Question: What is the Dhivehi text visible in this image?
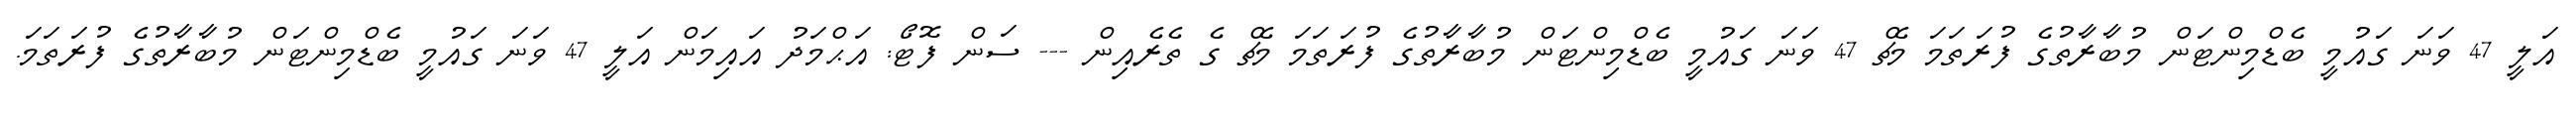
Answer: އަލީ 47 ވަނަ ގައުމީ ބެޑްމިންޓަން މުބާރާތުގެ ފުރަތަމަ މެޗް 47 ވަނަ ގައުމީ ބެޑްމިންޓަން މުބާރާތުގެ ފުރަތަމަ މެޗް ގެ ތެރެއިން --- ސަން ފޮޓޯ: އަޙްމަދު އައިމަން އަލީ 47 ވަނަ ގައުމީ ބެޑްމިންޓަން މުބާރާތުގެ ފުރަތަމަ.